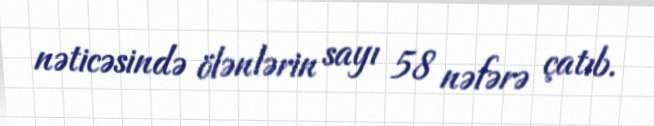
nəticəsində ölənlərin sayı 58 nəfərə çatıb.